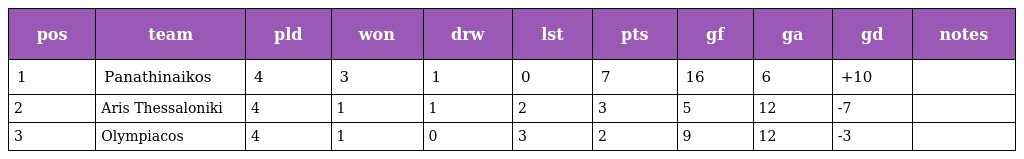
| pos | team | pld | won | drw | lst | pts | gf | ga | gd | notes |
 | --- | --- | --- | --- | --- | --- | --- | --- | --- | --- | --- |
 | 1 | Panathinaikos | 4 | 3 | 1 | 0 | 7 | 16 | 6 | +10 |  |
 | 2 | Aris Thessaloniki | 4 | 1 | 1 | 2 | 3 | 5 | 12 | -7 |  |
 | 3 | Olympiacos | 4 | 1 | 0 | 3 | 2 | 9 | 12 | -3 |  |